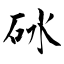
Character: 砯